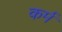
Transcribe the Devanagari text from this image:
कर्मं